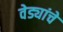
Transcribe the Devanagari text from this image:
वेड्यांचे